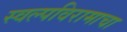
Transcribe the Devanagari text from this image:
स्वल्पविरामाचा